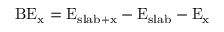
\mathrm { B E _ { x } = E _ { s l a b + x } - E _ { s l a b } - E _ { x } }